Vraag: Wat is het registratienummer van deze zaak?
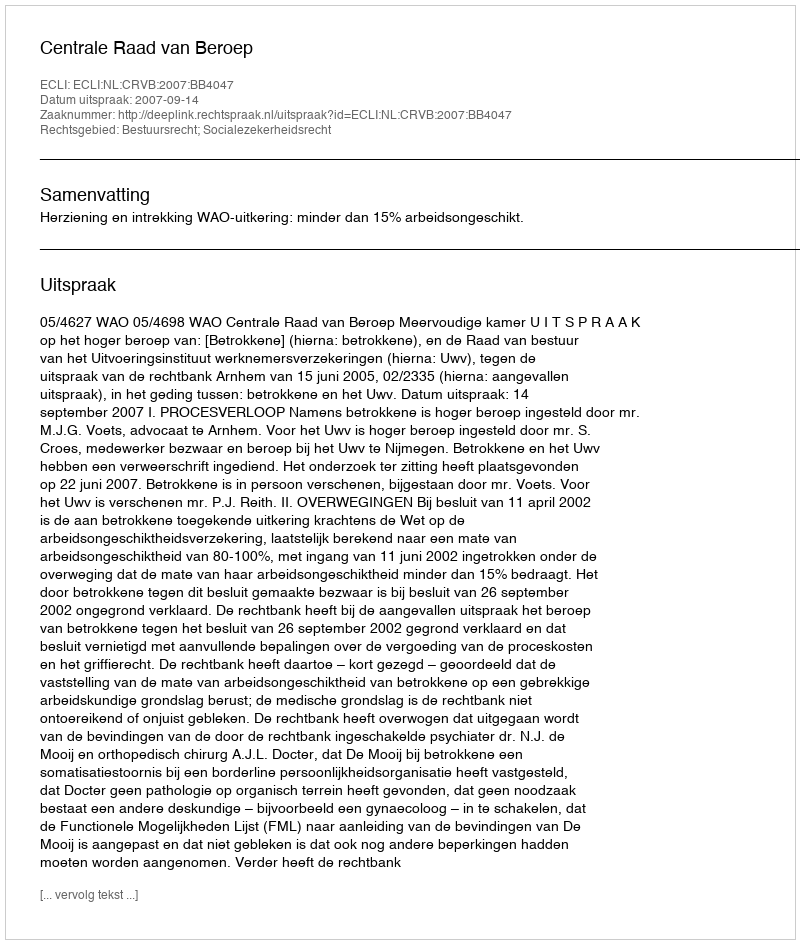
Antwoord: http://deeplink.rechtspraak.nl/uitspraak?id=ECLI:NL:CRVB:2007:BB4047